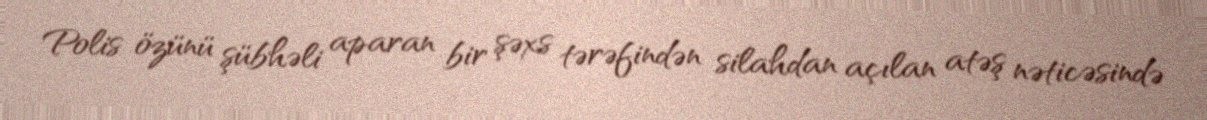
Polis özünü şübhəli aparan bir şəxs tərəfindən silahdan açılan atəş nəticəsində